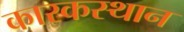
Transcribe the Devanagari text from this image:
कारकस्थान